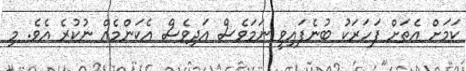
ކަމަށް އެތަށް ފަހަރަކު ބުނެފައިވީ ނަމަވެސް އަދިވެސް އެކަންމެއް ނުކުރެ އެވެ. މި